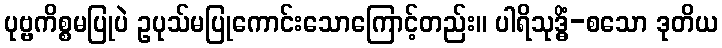
ပုဗ္ဗကိစ္စမပြုပဲ ဥပုသ်မပြုကောင်းသောကြောင့်တည်း။ ပါရိသုဒ္ဓိံ-စသော ဒုတိယ